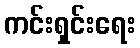
ကင်းရှင်းရေး